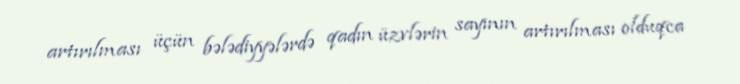
artırılması üçün bələdiyyələrdə qadın üzvlərin sayının artırılması olduqca